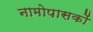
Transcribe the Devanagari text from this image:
नामोपासकों